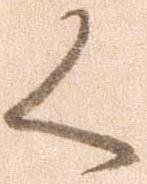
く